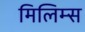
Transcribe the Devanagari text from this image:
मिलिम्स